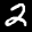
Label: 2